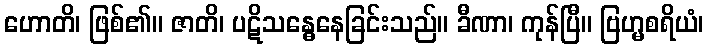
ဟောတိ၊ ဖြစ်၏။ ဇာတိ၊ ပဋိသန္ဓေနေခြင်းသည်။ ခီဏာ၊ ကုန်ပြီ။ ဗြဟ္မစရိယံ၊